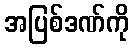
အပြစ်ဒဏ်ကို